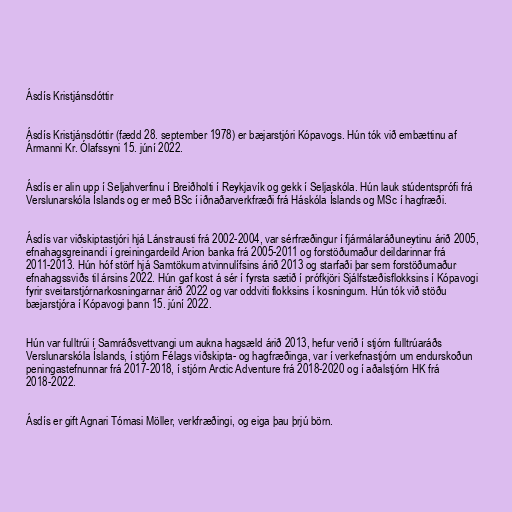
Ásdís Kristjánsdóttir

Ásdís Kristjánsdóttir (fædd 28. september 1978) er bæjarstjóri Kópavogs. Hún tók við embættinu af
Ármanni Kr. Ólafssyni 15. júní 2022.

Ásdís er alin upp í Seljahverfinu í Breiðholti í Reykjavík og gekk í Seljaskóla. Hún lauk stúdentsprófi frá
Verslunarskóla Íslands og er með BSc í iðnaðarverkfræði frá Háskóla Íslands og MSc í hagfræði.

Ásdís var viðskiptastjóri hjá Lánstrausti frá 2002-2004, var sérfræðingur í fjármálaráðuneytinu árið 2005,
efnahagsgreinandi í greiningardeild Arion banka frá 2005-2011 og forstöðumaður deildarinnar frá
2011-2013. Hún hóf störf hjá Samtökum atvinnulífsins árið 2013 og starfaði þar sem forstöðumaður
efnahagssviðs til ársins 2022. Hún gaf kost á sér í fyrsta sætið í prófkjöri Sjálfstæðisflokksins í Kópavogi
fyrir sveitarstjórnarkosningarnar árið 2022 og var oddviti flokksins í kosningum. Hún tók við stöðu
bæjarstjóra í Kópavogi þann 15. júní 2022.

Hún var fulltrúi í Samráðsvettvangi um aukna hagsæld árið 2013, hefur verið í stjórn fulltrúaráðs
Verslunarskóla Íslands, í stjórn Félags viðskipta- og hagfræðinga, var í verkefnastjórn um endurskoðun
peningastefnunnar frá 2017-2018, í stjórn Arctic Adventure frá 2018-2020 og í aðalstjórn HK frá
2018-2022.

Ásdís er gift Agnari Tómasi Möller, verkfræðingi, og eiga þau þrjú börn.